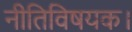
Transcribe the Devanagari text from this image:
नीतिविषयक।